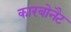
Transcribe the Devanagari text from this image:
कारबोनैट